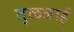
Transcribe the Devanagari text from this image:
तुळजाई